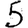
Digit: 5